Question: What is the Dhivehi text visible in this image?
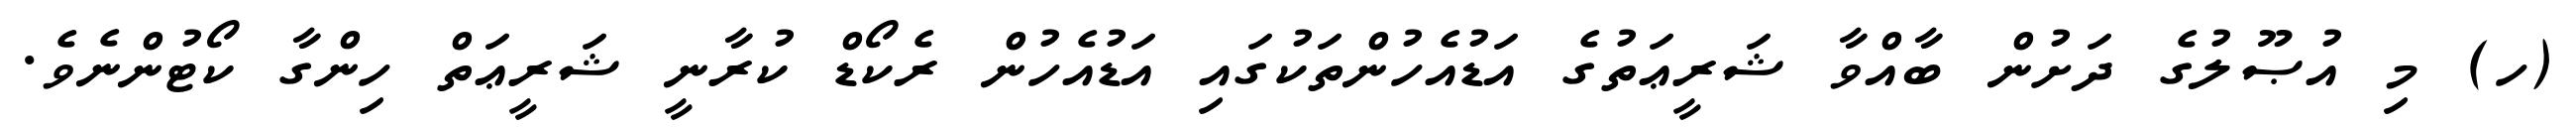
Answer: (ހ) މި އުޞޫލުގެ ދަށުން ބާއްވާ ޝަރީޢަތުގެ އަޑުއެހުންތަކުގައި އަޑުއެހުން ރެކޯޑް ކުރާނީ ޝަރީޢަތް ހިންގާ ކޯޓުންނެވެ.